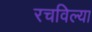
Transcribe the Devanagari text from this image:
रचविल्या